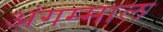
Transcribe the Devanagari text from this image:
अंगम्माल